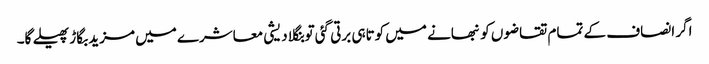
اگر انصاف کے تمام تقاضوں کو نبھانے میں کوتاہی برتی گئی تو بنگلا دیشی معاشرے میں مزید بگاڑ پھیلے گا۔